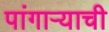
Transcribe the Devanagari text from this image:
पांगाऱ्याची